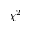
\chi ^ { 2 }